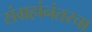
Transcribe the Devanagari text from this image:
संग्रहांनंतरचा